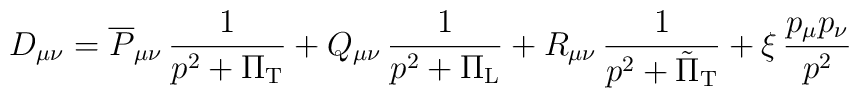
D_{\mu\nu} = \overline{P}_{\mu\nu}\,\frac{1}{p^{2}+\Pi_{\rm T}} +Q_{\mu\nu}\,\frac{1}{p^{2}+\Pi_{\rm L}} +R_{\mu\nu}\,\frac{1}{p^{2}+\tilde{\Pi}_{\rm T}} +\xi\,\frac{p_{\mu}p_{\nu}}{p^{2}}